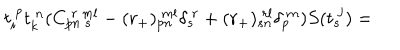
LaTeX: t _ { i } ^ { ~ p } t _ { k } ^ { ~ n } ( C _ { p n ~ s } ^ { ~ r ~ m l } - ( r _ { + } ) _ { p n } ^ { ~ m l } \delta _ { s } ^ { ~ r } + ( r _ { + } ) _ { s n } ^ { ~ r l } \delta _ { p } ^ { ~ m } ) S ( t _ { s } ^ { ~ j } ) =